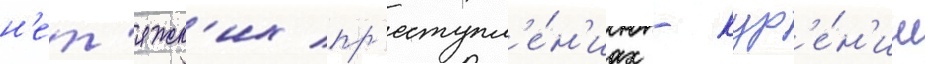
н'ет'яжк'их пр'еступл'е́н'иах - кур'е́н'ии